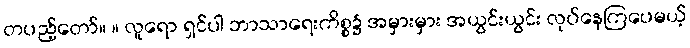
တပည့်တော်။ ။ လူရော ရှင်ပါ ဘာသာရေးကိစ္စ၌ အမှားမှား အယွင်းယွင်း လုပ်နေကြပေမယ့်